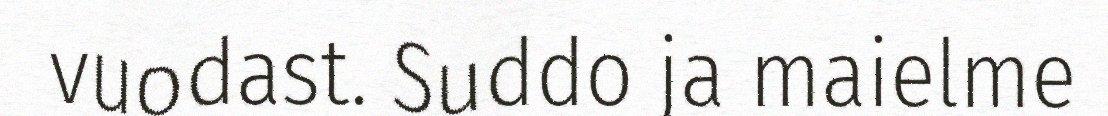
vuodast. Suddo ja maielme